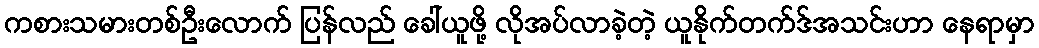
ကစားသမားတစ်ဦးလောက် ပြန်လည် ခေါ်ယူဖို့ လိုအပ်လာခဲ့တဲ့ ယူနိုက်တက်ဒ်အသင်းဟာ နေရာမှာ